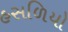
હસળિયો